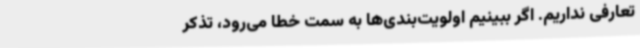
تعارفی نداریم. اگر ببینیم اولویت‌بندی‌ها به سمت خطا می‌رود، تذکر